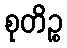
စုတိဉ္စ